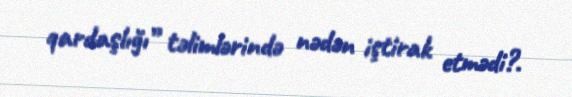
qardaşlığı” təlimlərində nədən iştirak etmədi?.